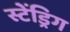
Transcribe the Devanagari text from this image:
स्टेंड्रिग